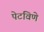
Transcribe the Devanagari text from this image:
पेटविणे